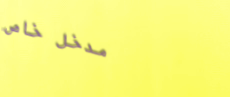
مدخل خاص